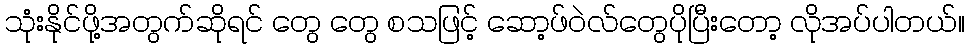
သုံးနိုင်ဖို့အတွက်ဆိုရင် တွေ တွေ စသဖြင့် ဆော့ဖ်ဝဲလ်တွေပိုပြီးတော့ လိုအပ်ပါတယ်။